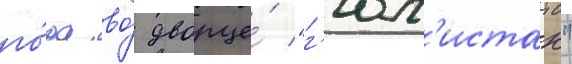
го́да во́ дворце́ "г'юл'истан"